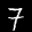
Label: 7